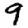
Digit: 9